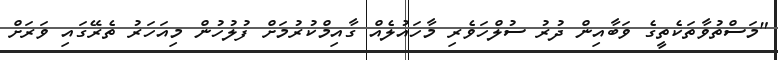
"މަސްތުވާތަކެތީގެ ވަބާއިން ދުރު ސުލްހަވެރި މާހައުލެއް ގާއިމްކުރުމަށް ފުލުހުން މިއަހަރު ތެރޭގައި ވަރަށް